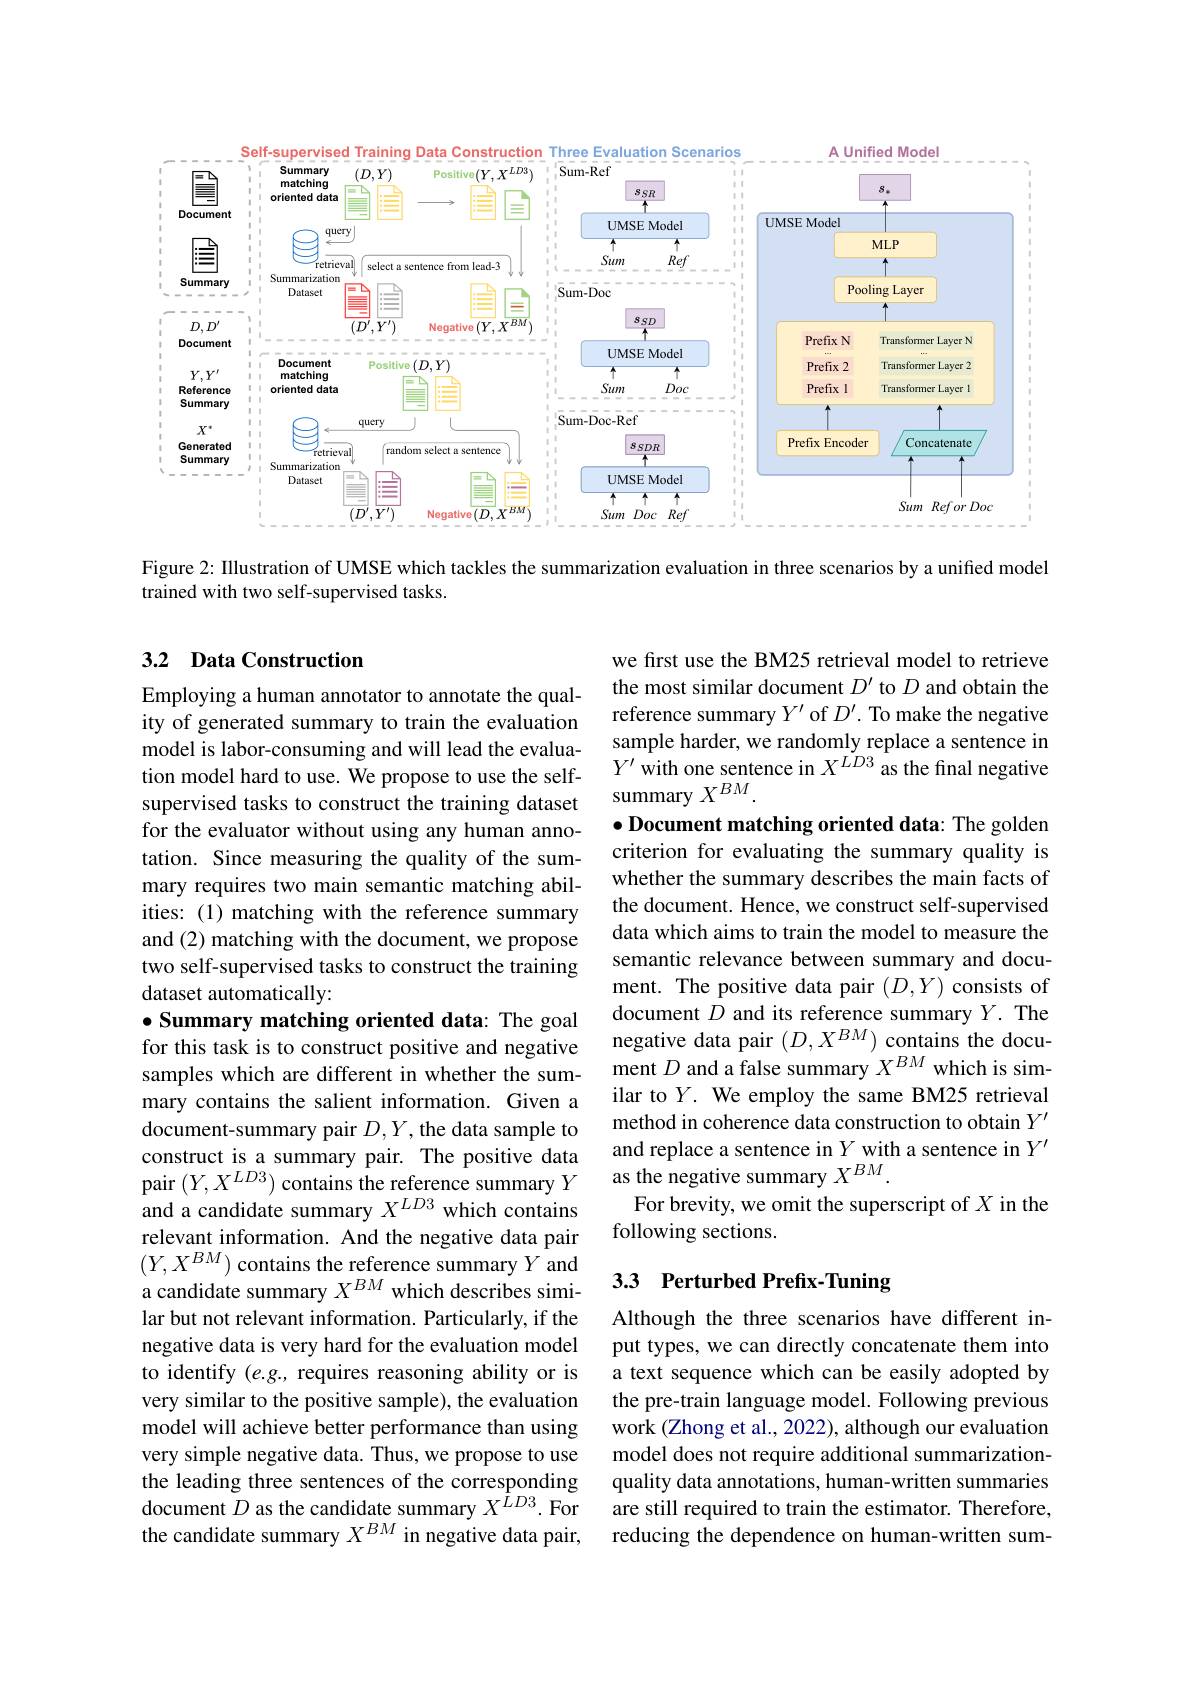
<FigureHere>

Figure 2: IIlustration of UMSE which tackles the summarization evaluation in three scenarios by a unified model
trained with two self-supervised tasks.

## 3.2 Data Construction

Employing a human annotator to annotate the quality of generated summary to train the evaluation model is labor-consuming and will lead the evaluation model hard to use. We propose to use the selfsupervised tasks to construct the training dataset for the evaluator without using any human annotation. Since measuring the quality of the summary requires two main semantic matching abilities: (1) matching with the reference summary and (2) matching with the document, we propose two self-supervised tasks to construct the training dataset automatically:

we first use the BM25 retrieval model to retrieve the most similar document $D^{\prime}$ to $D$ and obtain the reference summary $Y^{\prime}$ of $D^{\prime}.$ To make the negative sample harder, we randomly replace a sentence in $Y^{\prime}$ with one sentence in $X^LD3$ as the final negative summary $X^{BM}.$
$\bullet$ Document matching oriented data: The golden criterion for evaluating the summary quality is whether the summary describes the main facts of the document. Hence, we construct self-supervised data which aims to train the model to measure the semantic relevance between summary and document. The positive data pair $(D,Y)$ consists of document $D$ and its reference summary $Y.$ The negative data pair $(D,X^{BM})\underset{DM}{\operatorname*{\text{contains the docu-}}}$ ment $D$ and a false summary $X^{BM}$ which is similar to $Y.$ We employ the same BM25 retrieval method in coherence data construction to obtain $Y^{\prime}$ and replace a sentence in $Y$ with a sentence in $Y^{\prime}$ as the negative summary $X^{BM}.$
For brevity, we omit the superscript of $X$ in the
following sections.

$\bullet$ Summary matching oriented data: The goal for this task is to construct positive and negative

samples which are different in whether the summary contains the salient information. Given a document-summary pair $D,Y$,the data sample to construct is a summary pair. The positive data pair $( Y, X^{LD3})$ contains the reference summary $Y$ and a candidate summary $X^{LD3}$ which contains relevant information. And the negative data pair $(Y,X^{BM})$ contains the reference summary $Y^{^{1}}$and a candidate summary $X^{BM}$ which describes similar but not relevant information. Particularly, if the negative data is very hard for the evaluation model to identify (e.g., requires reasoning ability or is very similar to the positive sample), the evaluation model will achieve better performance than using very simple negative data. Thus, we propose to use the leading three sentences of the corresponding document $D$ as the candidate summary $X^{LD3}.$ For are still required to train the estimator. Therefore,
the candidate summary $X^{BM}$ in negative data pair,

## 3.3 Perturbed Prefix-Tuning

Although the three scenarios have different input types, we can directly concatenate them into a text sequence which can be easily adopted by the pre-train language model. Following previous work (Zhong et al., 2022), although our evaluation model does not require additional summarizationquality data annotations, human-written summaries reducing the dependence on human-written sum-